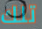
تلك